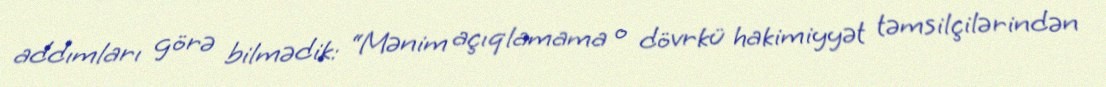
addımları görə bilmədik: “Mənim açıqlamama o dövrkü hakimiyyət təmsilçilərindən